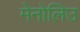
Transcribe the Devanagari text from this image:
मेनोलिउ